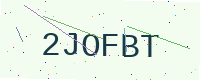
Text: 2JOFBT